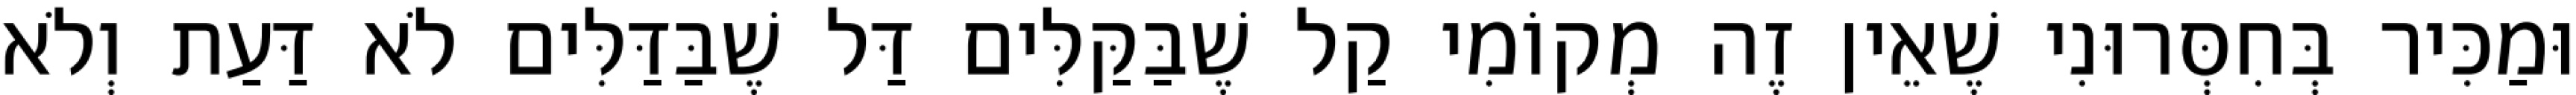
וּמַכִּיר בְּחִסְּרוּנִי שֶׁאֵין זֶה מְקוֹמִי קַל שֶׁבַּקַּלִּים דַּל שֶׁבַּדַּלִּים לֹא דַּעַת וְלֹא